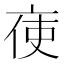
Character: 𠅚